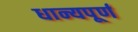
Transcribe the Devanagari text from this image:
धान्यपूर्ण